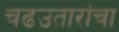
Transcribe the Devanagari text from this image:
चढउतारांचा